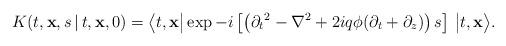
LaTeX: \begin{align*}K(t, {\bf x}, s\,\vert\, t,{\bf x}, 0) = \big\langle t, {\bf x} \big\vert \exp -i\left[\left({\partial_{t}}^2 - {\nabla}^2 +2iq\phi (\partial_t + \partial_{z})\right)s\right]\,\big\vert t, {\bf x}\big\rangle.\end{align*}